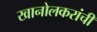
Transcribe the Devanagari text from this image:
खानोलकरांची